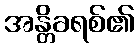
အန္တိခရစ်၏